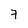
Character: 7